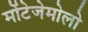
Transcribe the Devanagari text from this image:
मोंटेजेमोलो